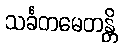
သင်္ခတမေတန္တိ